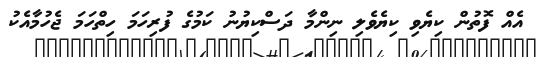
އެއް ފޮތުން ކިޔެވި ކިޔެވެލި ނިންމާ ދަސްކިޔުނު ކަމުގެ ފުރިހަމަ ހިތްހަމަ ޖެހުމާއެކު